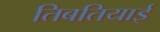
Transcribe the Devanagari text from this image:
तिबतियाई